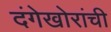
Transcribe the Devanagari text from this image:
दंगेखोरांची